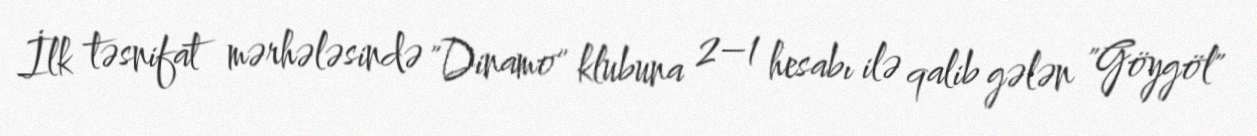
İlk təsnifat mərhələsində "Dinamo" klubuna 2–1 hesabı ilə qalib gələn "Göygöl"